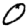
Digit: 0